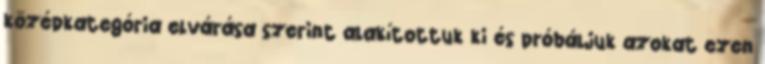
középkategória elvárása szerint alakítottuk ki és próbáljuk azokat ezen